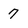
Character: 7